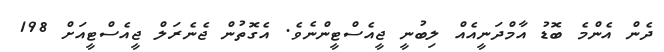
ދެން އެންމެ ބޮޑު އާމްދަނީއެއް ލިބުނީ ޖީއެސްޓީންނެވެ. އެގޮތުން ޖެނެރަލް ޖީއެސްޓީއަށް 198